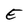
Character: E